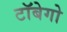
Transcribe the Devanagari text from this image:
टॉबेगो